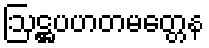
ဩဋ္ဌပဟတမတ္တေန